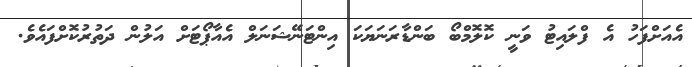
އެއަށްފަހު އެ ފްލައިޓު ވަނީ ކޮލޮމްބޯ ބަންޑާރަނަޔަކަ އިންޓަނޭޝަނަލް އެއާޕޯޓަށް އަލުން ދަތުރުކޮށްފައެވެ.